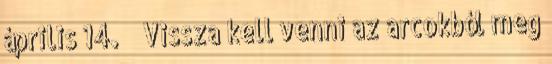
április 14. ↑ „Vissza kell venni az arcokból meg